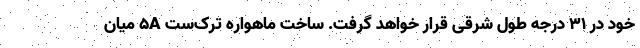
خود در 31 درجه طول شرقی قرار خواهد گرفت. ساخت ماهواره ترک‌ست 5A میان